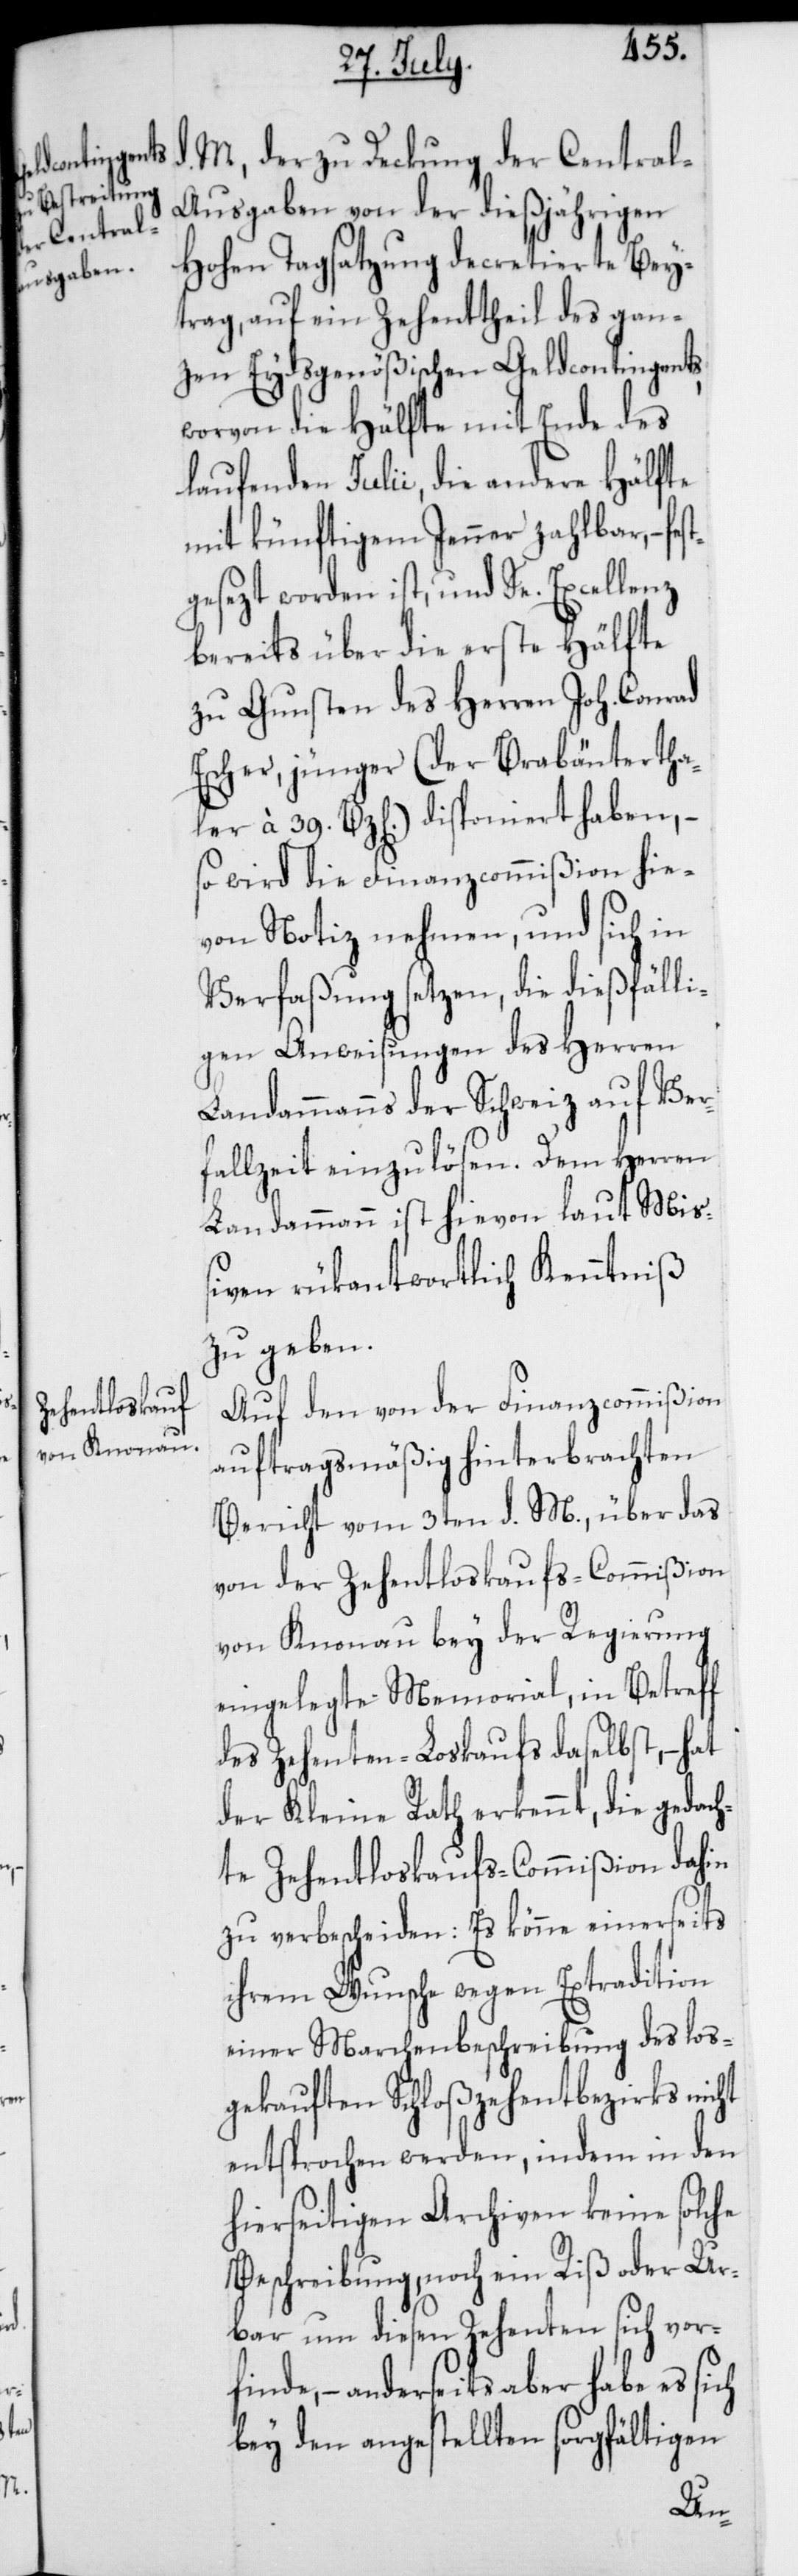
M., der zu Deckung der Centra¬
l-Ausgaben von der dießjährigen
Hohen Tagsatzung decretierte Bey¬
trag, auf ein Zehenttheil des gan¬
zen Eydsgenößischen Geldcontingents,
worvon die Hälfte mit Ende des
laufenden Julii, die andere Hälfte
mit künftigem Jenner zahlbar, – fe¬
gesezt worden ist, und Se. Excellenz
bereits über die erste Hälfte
zu Gunsten des Herren Joh. Conrad
Escher, jünger (der Brabäntertha¬
ler à 39. Bz[en].) disponiert haben, –
so wird die Finanzcommißion hie¬
von Notiz nehmen, und sich in
Verfaßung setzen, die dießfälli¬
gen Anweisungen des Herren
Landammanns der Schweiz auf Ver¬
fallzeit einzulösen. Dem Herren
Landammann ist hievon laut Miß¬
iven rükantwortlich Kenntniß
zu geben.
Auf den von der Finanzcommißion
auftragsmäßig hinterbrachten
Bericht vom 3ten d. M., über das
von der Zehentloskaufs-Commißion
von Knonau bey der Regierung
eingelegte Memorial, in Betreff
des Zehenten-Loskaufs daselbst, – hat
der Kleine Rath erkennt, die gedach¬
te Zehentloskaufs-Commißion dahin
zu verbescheiden: Es könne einerseits
ihrem Wunsche wegen Extradition
einer Marchenbeschreibung des los¬
gekauften Schloßzehentbezirks nicht
entsprochen werden, indem in den
hierseitigen Archiven keine solche
Beschreibung, noch ein Riß oder Ur¬
bar um diesen Zehenten sich vorfi¬
nde, – anderseits aber habe es
bey den angestellten sorgfältigen
st¬